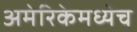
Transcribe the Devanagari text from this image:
अमेरिकेमध्येच